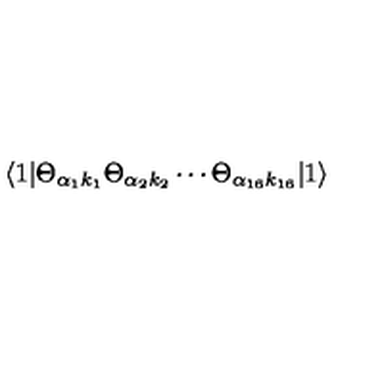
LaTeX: \langle 1 | \Theta _ { \alpha _ { 1 } k _ { 1 } } \Theta _ { \alpha _ { 2 } k _ { 2 } } \cdots \Theta _ { \alpha _ { 1 6 } k _ { 1 6 } } | 1 \rangle